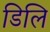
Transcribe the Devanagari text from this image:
डिलि